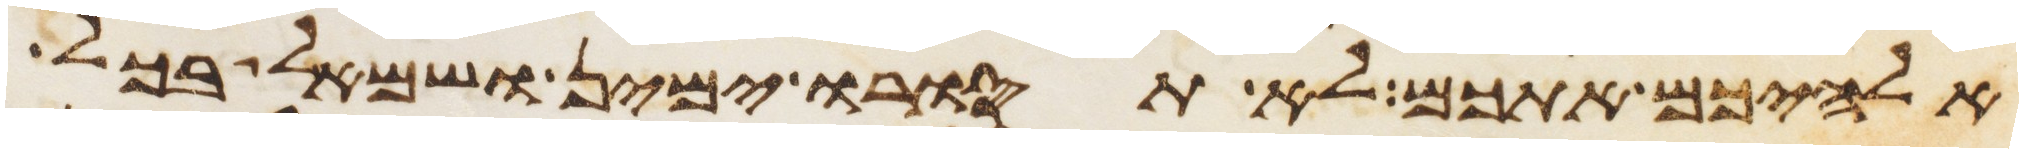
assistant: אלהיכם אתכם לא תסורו ימין ושמאל בכל